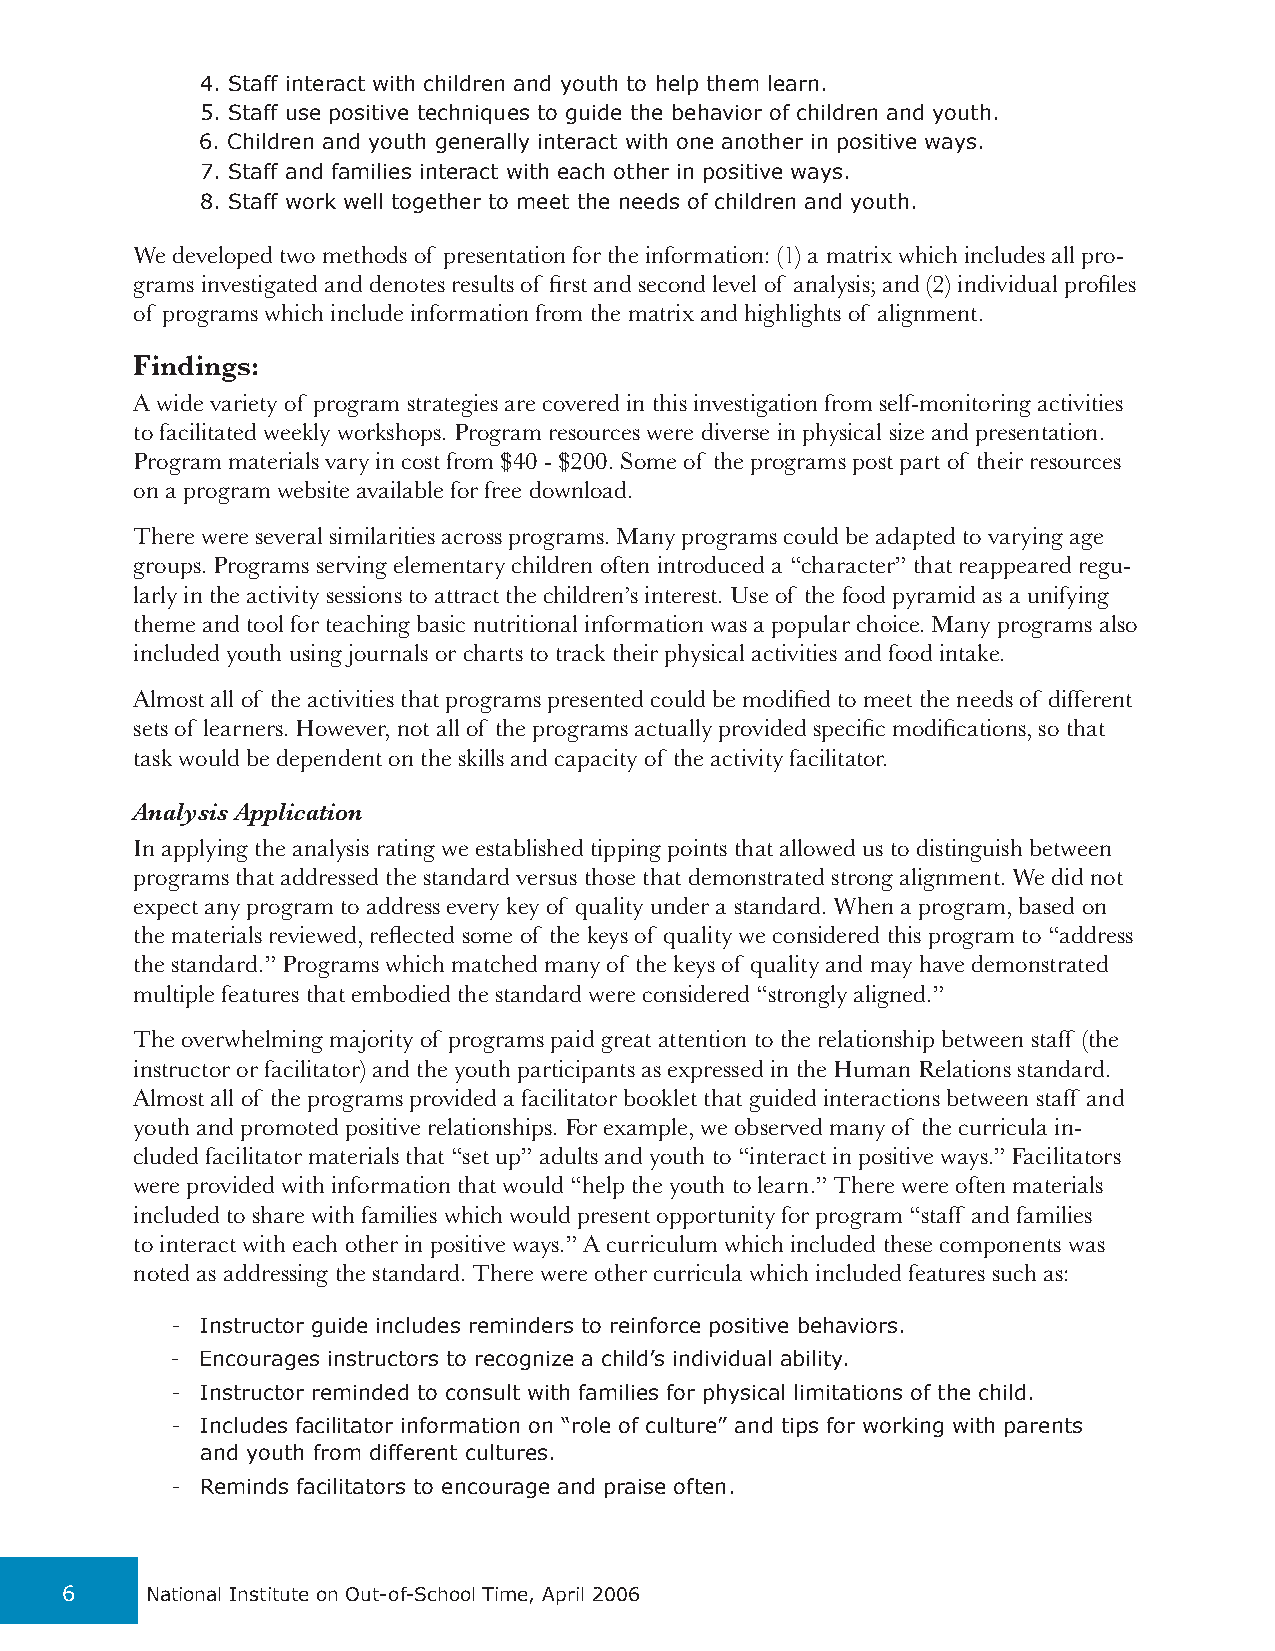
4. Staff interact with children and youth to help them learn.
 5. Staff use positive techniques to guide the behavior of children and youth.
 6. Children and youth generally interact with one another in positive ways.
 7. Staff and families interact with each other in positive ways.
 8. Staff work well together to meet the needs of children and youth.
 We developed two methods of presentation for the information: (1) a matrix which includes all pro-
 grams investigated and denotes results of first and second level of analysis; and (2) individual profiles
 of programs which include information from the matrix and highlights of alignment.
 Findings:
 A wide variety of program strategies are covered in this investigation from self-monitoring activities
 to facilitated weekly workshops. Program resources were diverse in physical size and presentation.
 Program materials vary in cost from $40 - $200. Some of the programs post part of their resources
 on a program website available for free download.
 There were several similarities across programs. Many programs could be adapted to varying age
 groups. Programs serving elementary children often introduced a “character” that reappeared regu-
 larly in the activity sessions to attract the children’s interest. Use of the food pyramid as a unifying
 theme and tool for teaching basic nutritional information was a popular choice. Many programs also
 included youth using journals or charts to track their physical activities and food intake.
 Almost all of the activities that programs presented could be modified to meet the needs of different
 sets of learners. However, not all of the programs actually provided specific modifications, so that
 task would be dependent on the skills and capacity of the activity facilitator.
 Analysis Application
 In applying the analysis rating we established tipping points that allowed us to distinguish between
 programs that addressed the standard versus those that demonstrated strong alignment. We did not
 expect any program to address every key of quality under a standard. When a program, based on
 the materials reviewed, reflected some of the keys of quality we considered this program to “address
 the standard.” Programs which matched many of the keys of quality and may have demonstrated
 multiple features that embodied the standard were considered “strongly aligned.”
 The overwhelming majority of programs paid great attention to the relationship between staff (the
 instructor or facilitator) and the youth participants as expressed in the Human Relations standard.
 Almost all of the programs provided a facilitator booklet that guided interactions between staff and
 youth and promoted positive relationships. For example, we observed many of the curricula in-
 cluded facilitator materials that “set up” adults and youth to “interact in positive ways.” Facilitators
 were provided with information that would “help the youth to learn.” There were often materials
 included to share with families which would present opportunity for program “staff and families
 to interact with each other in positive ways.” A curriculum which included these components was
 noted as addressing the standard. There were other curricula which included features such as:
 - Instructor guide includes reminders to reinforce positive behaviors.
 - Encourages instructors to recognize a child’s individual ability.
 - Instructor reminded to consult with families for physical limitations of the child.
 - Includes facilitator information on “role of culture” and tips for working with parents
 and youth from different cultures.
 - Reminds facilitators to encourage and praise often.
 6     National Institute on Out-of-School Time, April 2006